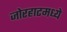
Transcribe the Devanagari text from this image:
जोरहाटमध्ये